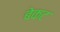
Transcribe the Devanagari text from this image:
बेकट